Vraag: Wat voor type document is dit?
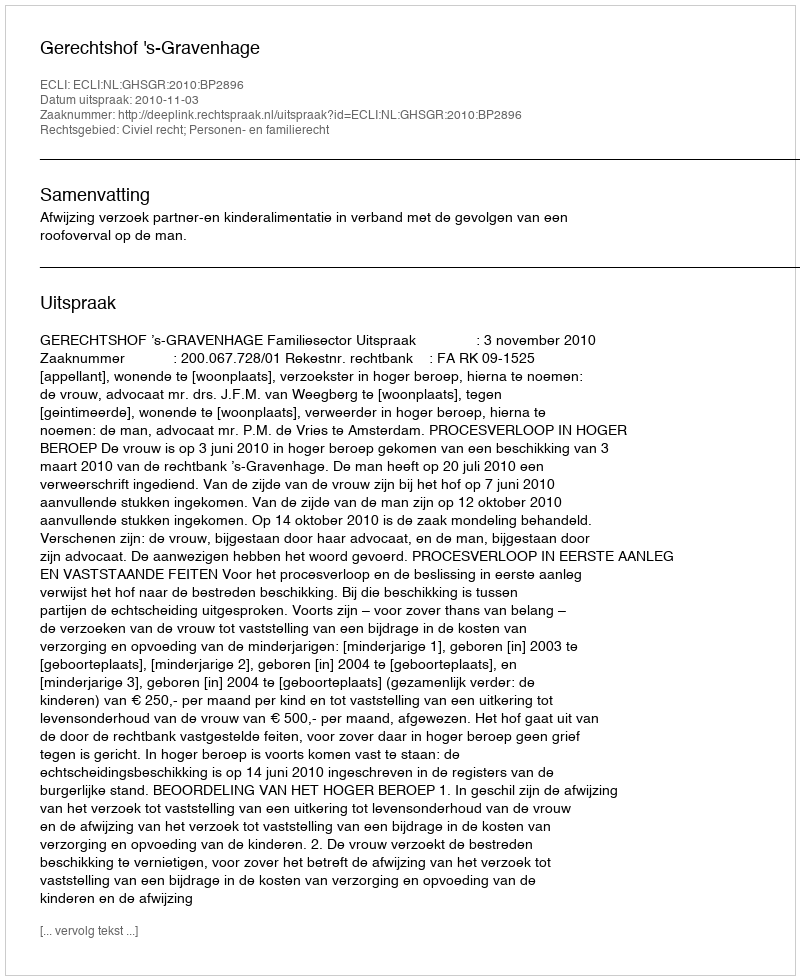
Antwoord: Uitspraak